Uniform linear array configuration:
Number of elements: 64
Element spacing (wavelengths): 0.75
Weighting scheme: kaiser
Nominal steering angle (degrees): -15
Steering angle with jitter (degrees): -14.241
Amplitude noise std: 0.05
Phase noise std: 0.05

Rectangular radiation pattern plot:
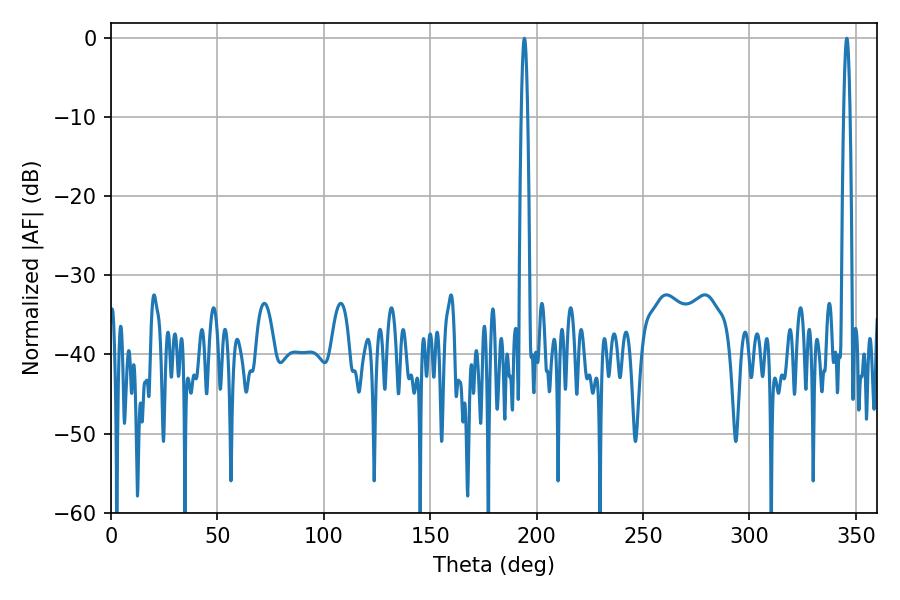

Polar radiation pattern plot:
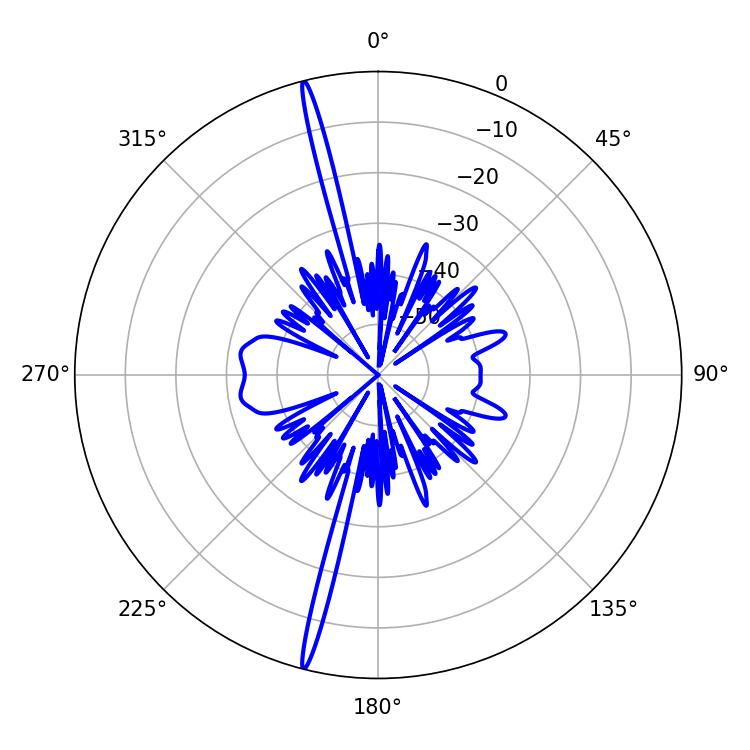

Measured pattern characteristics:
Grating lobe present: TRUE
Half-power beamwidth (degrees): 1.62
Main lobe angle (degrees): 194.22